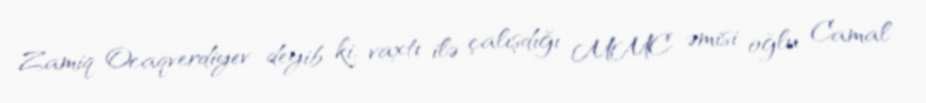
Zamiq Ocaqverdiyev deyib ki, vaxtı ilə çalışdığı MMC əmisi oğlu Camal